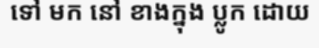
ទៅ មក នៅ ខាងក្នុង ប្លូក ដោយ